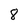
Character: 8